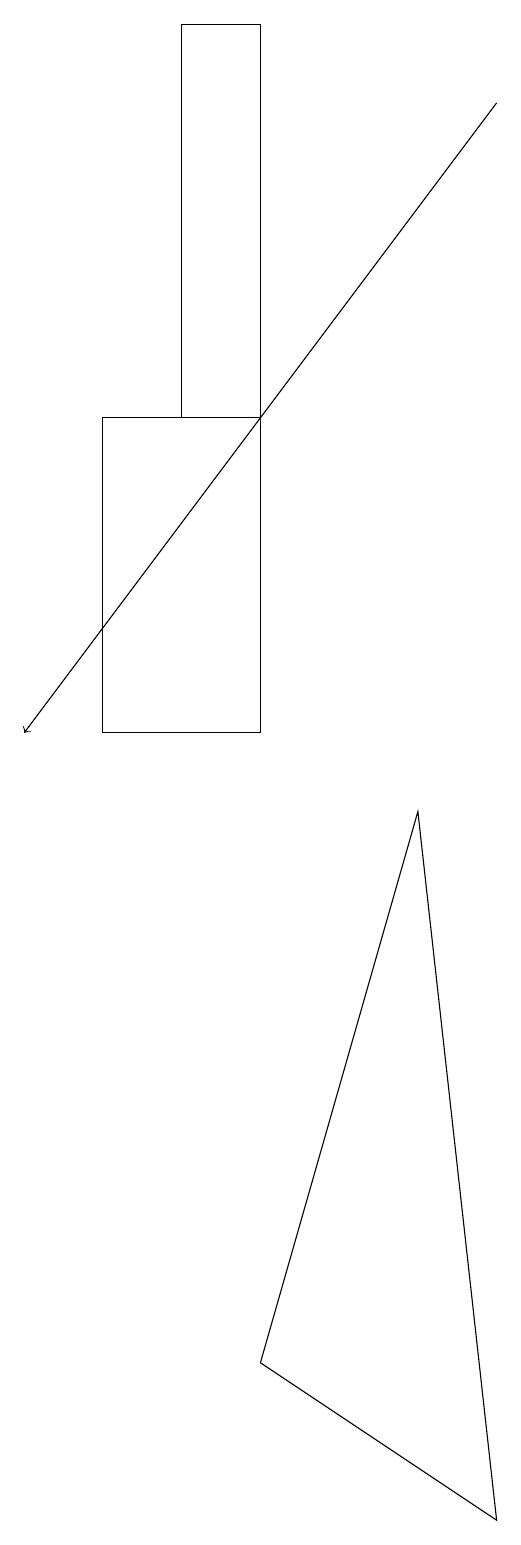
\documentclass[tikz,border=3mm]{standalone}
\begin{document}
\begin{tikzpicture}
\draw[->] (7,18) -- (1,10);
\draw (7,0) -- (4,2) -- (6,9) -- cycle;
\draw (3,19) rectangle (4,14);
\draw (2,14) rectangle (4,10);
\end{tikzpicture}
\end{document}